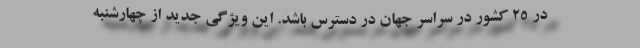
در 25 کشور در سراسر جهان در دسترس باشد. این ویژگی جدید از چهارشنبه